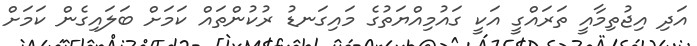
އަދި އިޖުތިމާއީ ތަރައްގީ އަކީ ގައުމިއްޔަތުގެ މައިގަނޑު ރުކުންތައް ކަމަށް ބަލައިގެން ކަމަށް